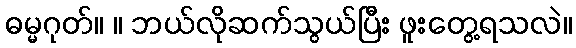
ဓမ္မဂုတ်။ ။ ဘယ်လိုဆက်သွယ်ပြီး ဖူးတွေ့ရသလဲ။